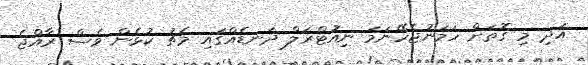
އަދި މި ގޮތަށް ހަމަނުޖެހޭނަމަ ނިއުޓްރަލް ދަނޑެއްގައި މެޗު ކުޅެން ވެސް ރާއްޖެ